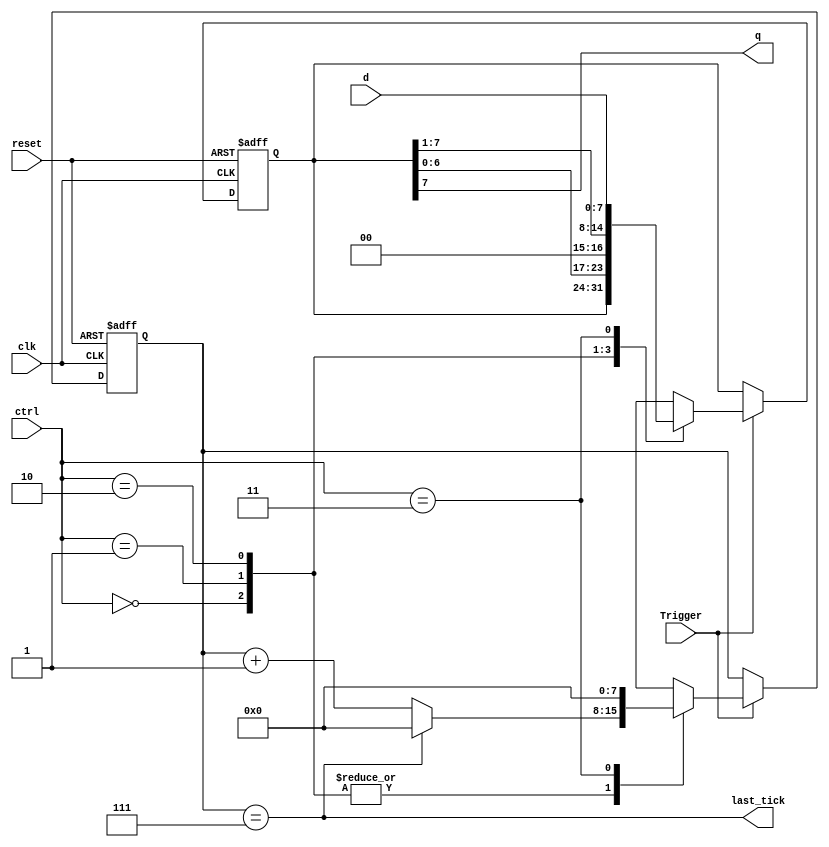
// Based on Pon P Chu - Listing 4.8
//---------------------------------------------------------------------------
// SharkBoad ExampleModule
// Josnelihurt Rodriguez - Fredy Segura Q.
// josnelihurt@gmail.com
//---------------------------------------------------------------------------

/*#
# SharkBoad
# Copyright (C) 2012 Bogot, Colombia
#
# This program is free software: you can redistribute it and/or modify
# it under the terms of the GNU General Public License as published by
# the Free Software Foundation, version 3 of the License.
#
# This program is distributed in the hope that it will be useful,
# but WITHOUT ANY WARRANTY; without even the implied warranty of
# MERCHANTABILITY or FITNESS FOR A PARTICULAR PURPOSE.  See the
# GNU General Public License for more details.
#
# You should have received a copy of the GNU General Public License
# along with this program.  If not, see <http://www.gnu.org/licenses/>.
#*/

/*
  _________.__                  __   __________                       .___
 /   _____/|  |__ _____ _______|  | _\______   \ _________ _______  __| _/
 \_____  \ |  |  \\__  \\_  __ \  |/ /|    |  _//  _ \__  \\_  __ \/ __ | 
 /        \|   Y  \/ __ \|  | \/    < |    |   (  <_> ) __ \|  | \/ /_/ | 
/_______  /|___|  (____  /__|  |__|_ \|______  /\____(____  /__|  \____ | 
        \/      \/     \/           \/       \/           \/           \/ 
*/

module shift_reg_start_done
   #(parameter N=8)
   (
    input wire clk, reset,
	 input wire Trigger,
    input wire [1:0] ctrl,
    input wire [N-1:0] d,
    output wire q, last_tick
   );
localparam NOP 		=2'b00;
localparam SHIFT_L 	=2'b01;
localparam SHIFT_R 	=2'b10;
localparam LOAD 	=2'b11;
   //signal declaration
   reg [N-1:0] r_reg, r_next;
   reg [N-1:0] cnt_reg, cnt_next;
   // body
   // register
   always @(posedge clk, posedge reset)
//	always @*
	begin
      if (reset== 1'b1)
      begin
        r_reg <= 0;
        cnt_reg <= 0;
      end
      else if (Trigger == 1'b1)
      begin
        r_reg <= r_next;
		cnt_reg <= cnt_next;
      end
    end
   // next-state logic
   always @*
   begin
   cnt_next	= (cnt_reg == N-1) ? 0 : cnt_reg + 1;
   r_next = r_reg;
     case(ctrl)
       NOP: r_next = r_reg;                  // no op
       SHIFT_L: r_next = {r_reg[N-2:0], 1'b0};   // shift left
       SHIFT_R: r_next = {1'b0, r_reg[N-1:1]}; // shift right
       LOAD:begin
			r_next = d;                      // load
			cnt_next = 0;
		end
     endcase
   end
   // output logic
   assign q = r_reg[N-1];
   assign last_tick	= (cnt_reg == N-1);
endmodule